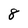
Character: 8